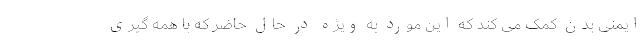
ایمنی بدن کمک می کند که این مورد به ویژه در حال حاضر که با همه گیری